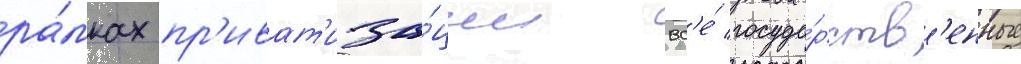
ра́мках пр'иват'иза́ции вс'е́ госуда́рств'енные